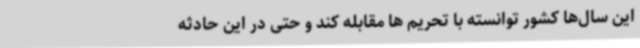
این سال‌ها کشور توانسته با تحریم ها مقابله کند و حتی در این حادثه